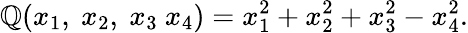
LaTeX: \mathbb{Q}(x_{1},\ x_{2},\ x_{3}\ x_{4})=x_{1}^{2}+x_{2}^{2}+x_{3}^{2}-x_{4}^{2}.